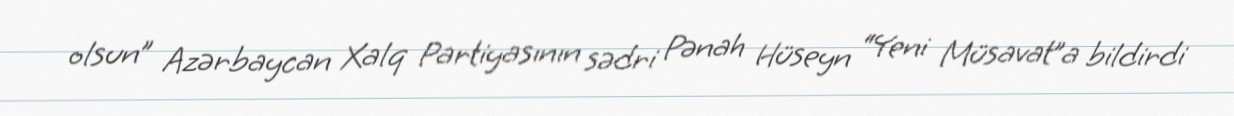
olsun” Azərbaycan Xalq Partiyasının sədri Pənah Hüseyn “Yeni Müsavat”a bildirdi